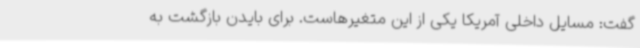
گفت: مسایل داخلی آمریکا یکی از این متغیرهاست. برای بایدن بازگشت به